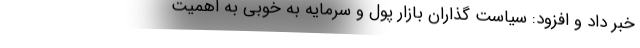
خبر داد و افزود: سیاست گذاران بازار پول و سرمایه به خوبی به اهمیت